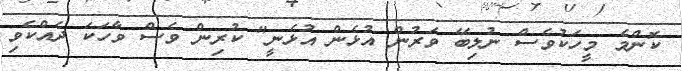
ކޮންމެ މީހަކުވެސް ނުލިބޭ ވަރުން އުޅެން އުޅެނީ" ކުރިން ވެސް ވާހަކަ ދެއްކެވި